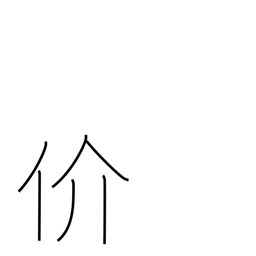
Meaning: man with shellfish kanji